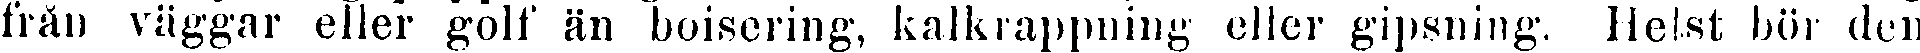
från väggar eller golf än boisering, kalkrappning eller gipsning. Helst bör den